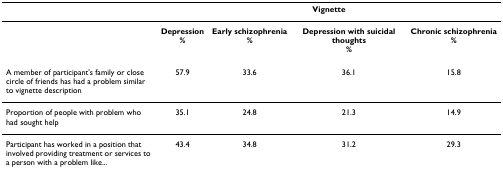
<table><thead><tr><td></td><td colspan="4"><b>Vignette</b></td></tr></thead><tbody><tr><td></td><td><b>Depression</b><b>%</b></td><td><b>Early schizophrenia</b><b>%</b></td><td><b>Depression with suicidal thoughts</b><b>%</b></td><td><b>Chronic schizophrenia</b><b>%</b></td></tr><tr><td>A member of participant&#x27;s family or close circle of friends has had a problem similar to vignette description</td><td>57.9</td><td>33.6</td><td>36.1</td><td>15.8</td></tr><tr><td>Proportion of people with problem who had sought help</td><td>35.1</td><td>24.8</td><td>21.3</td><td>14.9</td></tr><tr><td>Participant has worked in a position that involved providing treatment or services to a person with a problem like...</td><td>43.4</td><td>34.8</td><td>31.2</td><td>29.3</td></tr></tbody></table>